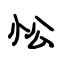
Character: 忪